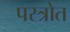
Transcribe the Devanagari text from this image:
पस्त्रोत